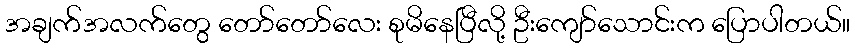
အချက်အလက်တွေ တော်တော်လေး စုမိနေပြီလို့ ဦးကျော်သောင်းက ပြောပါတယ်။